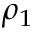
\rho _ { 1 }